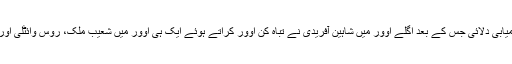
نارائن نے 16 رنز بنانے والے صہیب مقصود کو آؤٹ کر کے ٹیم کو اہم کامیابی دلائی جس کے بعد اگلے اوور میں شاہین آفریدی نے تباہ کن اوور کراتے ہوئے ایک ہی اوور میں شعیب ملک، روس وائٹلی اور سیف بدر کو آؤٹ کر کے ملتان سلطانز کی بیٹنگ لائن کو تہس نہس کردیا۔